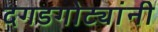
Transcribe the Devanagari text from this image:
दगडगोट्यांनी